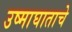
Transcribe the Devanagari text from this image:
उष्माघाताचे